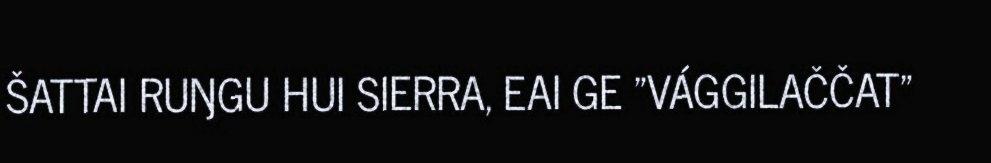
ŠATTAI RUŊGU HUI SIERRA, EAI GE "VÁGGILAČČAT"